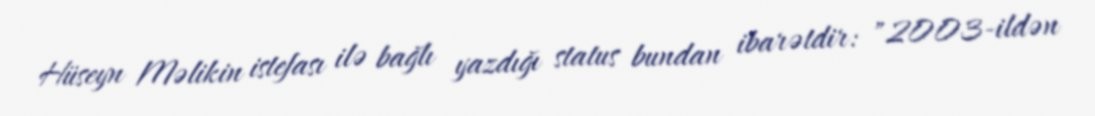
Hüseyn Məlikin istefası ilə bağlı yazdığı status bundan ibarətdir: "2003-ildən